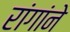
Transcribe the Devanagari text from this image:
रांगांने